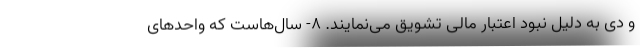
و دی به دلیل نبود اعتبار مالی تشویق می‌نمایند. ۸- سال‌هاست که واحدهای